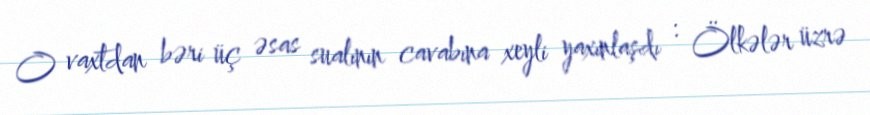
O vaxtdan bəri üç əsas sualının cavabına xeyli yaxınlaşdı : Ölkələr üzrə